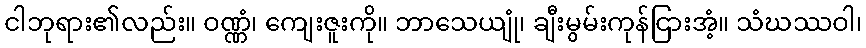
ငါဘုရား၏လည်း။ ဝဏ္ဏံ၊ ကျေးဇူးကို။ ဘာသေယျုံ၊ ချီးမွမ်းကုန်ငြားအံ့။ သံဃဿဝါ၊